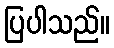
ပြပါသည်။